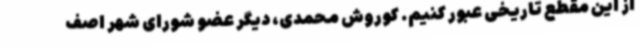
از این مقطع تاریخی عبور کنیم. کوروش محمدی، دیگر عضو شورای شهر اصف